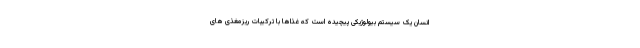
انسان یک سیستم بیولوژیکی پیچیده است که غذاها با ترکیبات ریزمغذی های